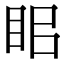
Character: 𥅑